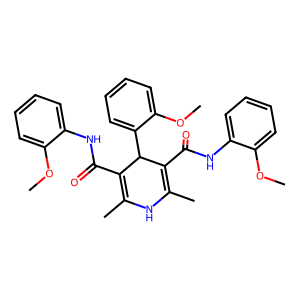
SMILES: COc1ccccc1NC(=O)C1=C(C)NC(C)=C(C(=O)Nc2ccccc2OC)C1c1ccccc1OC
Inhibits HIV replication: No